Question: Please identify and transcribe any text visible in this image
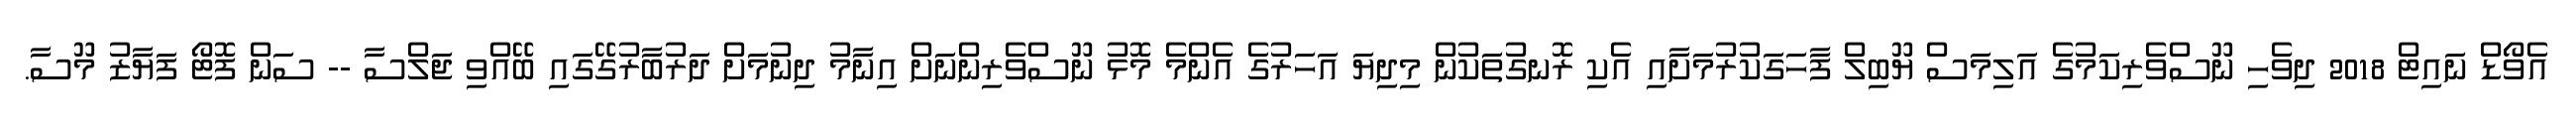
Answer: އެވޯޑް ނައިޓް 2018 ދިވެހި ނޫސްވެރިކަމުގެ އަލިމަސް ޔޫބިލް ފާހަގަކުރުމަށާއި އެކި ރޮނގުތަކުން މިދިޔަ އަހަރުގެ އެންމެ މޮޅު ނޫސްވެރިންނަށް އިނާމު ދިނުމަށް ދަރުބާރުގޭގައި ބޭއްވި ޖަލްސާ -- ސަން ފޮޓޯ ފަޔާޒު މޫސާ.